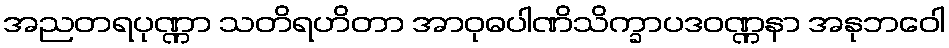
အညတရပုဏ္ဏာ သတိရဟိတာ အာဝုဓပါဏိသိက္ခာပဒဝဏ္ဏနာ အနုဘဝေါ